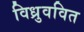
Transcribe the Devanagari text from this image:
विध्रुववित